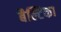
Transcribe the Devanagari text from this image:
बैल्टिका